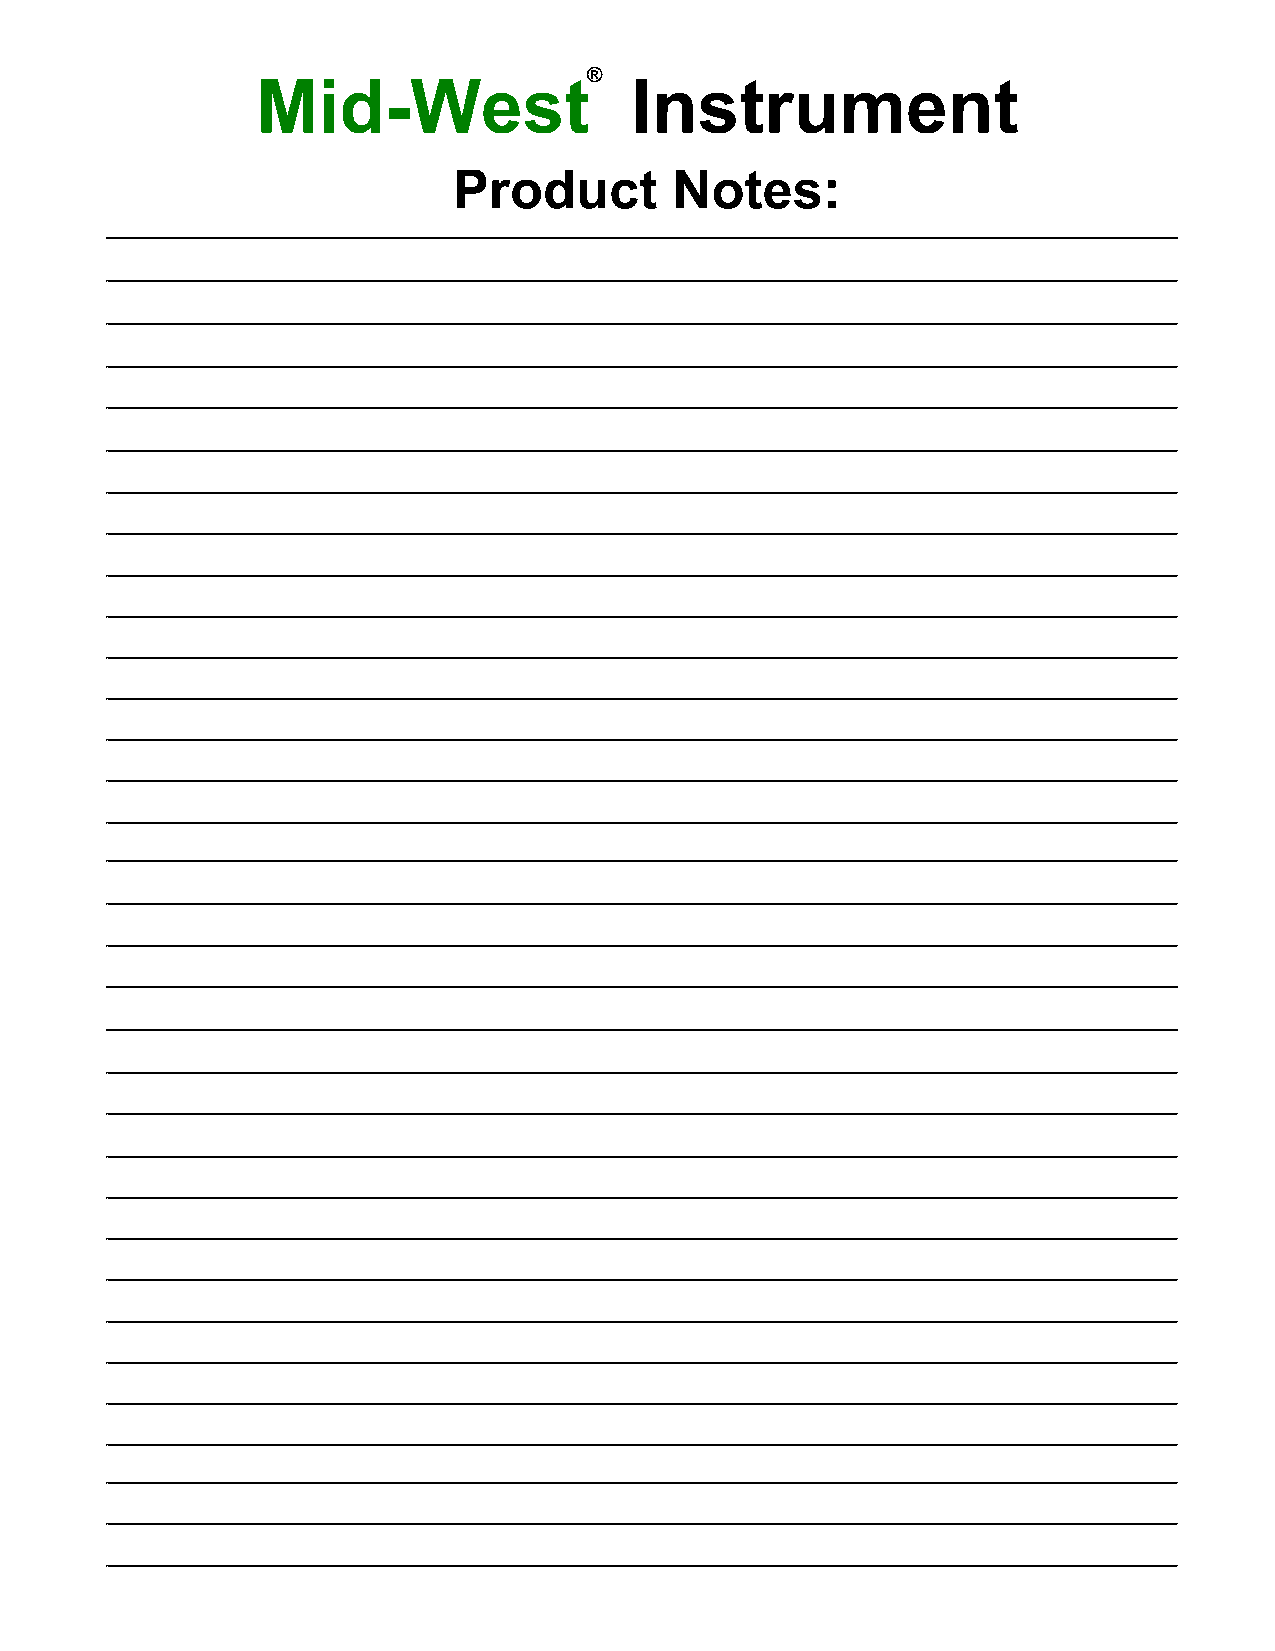
®
 Mid-West                 Instrument
 Product        Notes: